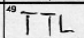
Transcription: TTL